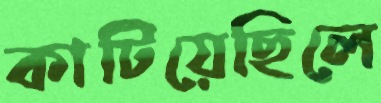
কাটিয়েছিলে